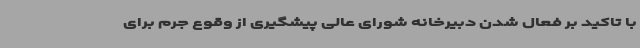
با تاکید بر فعال شدن دبیرخانه شورای عالی پیشگیری از وقوع جرم برای